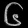
Digit: ၆